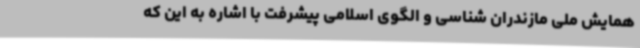
همایش ملی مازندران شناسی و الگوی اسلامی پیشرفت با اشاره به این که